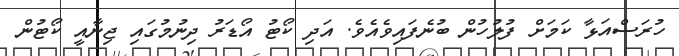
ހުރަސްއަޅާ ކަމަށް ފުލުހުން ބުނެފައިވެއެވެ. އަދި ކޯޓު އޯޑަރު ދިނުމުގައި ޖިނާއީ ކޯޓުން